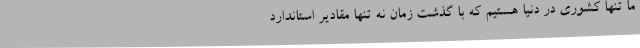
ما تنها کشوری در دنیا هستیم که با گذشت زمان نه تنها مقادیر استاندارد